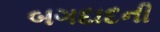
બગદાદની